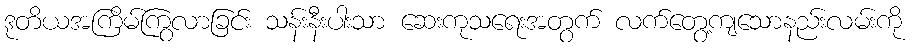
ဒုတိယအကြိမ်ကြွလာခြင်း သန်းနီးပါးသာ ဆေးကုသရေးအတွက် လက်တွေ့ကျသောနည်းလမ်းကို